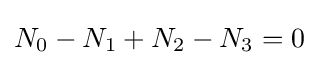
N_{0}-N_{1}+N_{2}-N_{3}=0